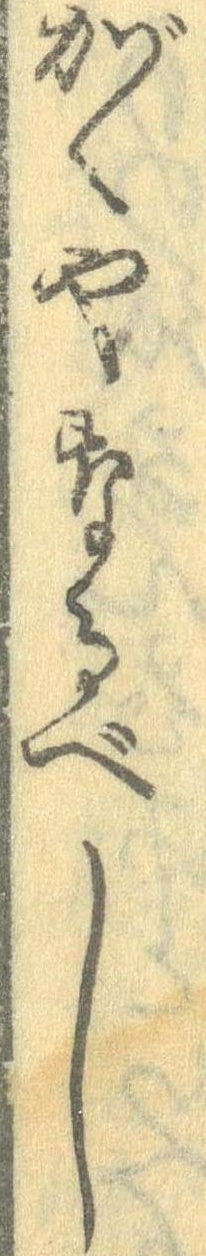
がくやなるべし